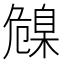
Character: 𦤞